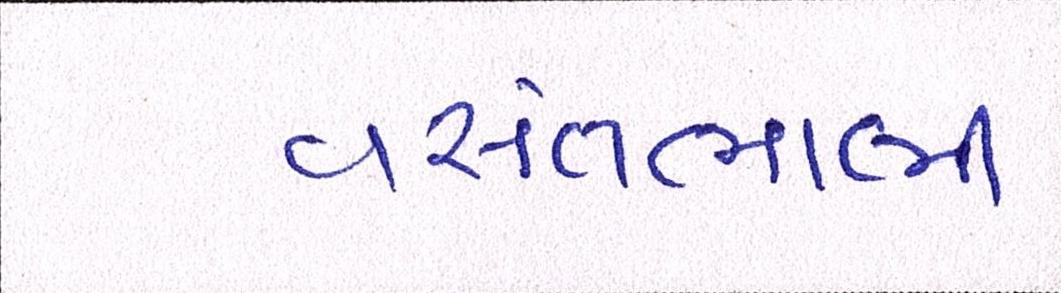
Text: વસંતભાભી